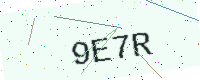
Text: 9E7R